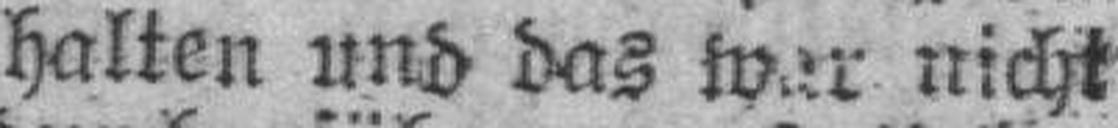
halten und das war nicht